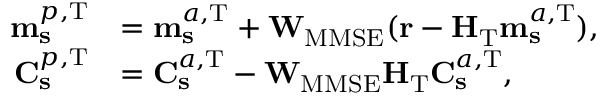
\begin{array} { r l } { \mathbf { m } _ { \mathbf { s } } ^ { p , \mathrm { T } } } & { = \mathbf { m } _ { \mathbf { s } } ^ { a , \mathrm { T } } + \mathbf { W } _ { \mathrm { M M S E } } ( \mathbf { r } - \mathbf { H } _ { \mathrm { T } } \mathbf { m } _ { \mathbf { s } } ^ { a , \mathrm { T } } ) , } \\ { \mathbf { C } _ { \mathbf { s } } ^ { p , \mathrm { T } } } & { = \mathbf { C } _ { \mathbf { s } } ^ { a , \mathrm { T } } - \mathbf { W } _ { \mathrm { M M S E } } \mathbf { H } _ { \mathrm { T } } \mathbf { C } _ { \mathbf { s } } ^ { a , \mathrm { T } } , } \end{array}